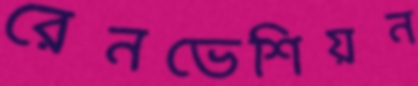
রেনভেশিয়ন